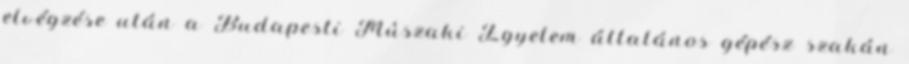
elvégzése után a Budapesti Mûszaki Egyetem általános gépész szakán